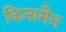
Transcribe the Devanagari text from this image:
किनामैन